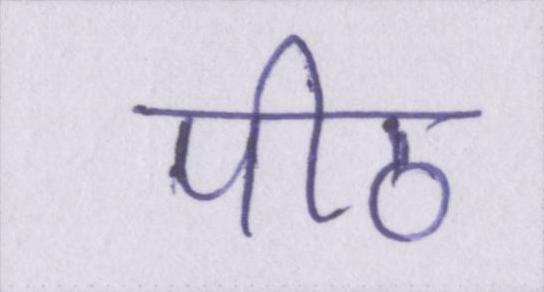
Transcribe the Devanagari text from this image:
पीठ